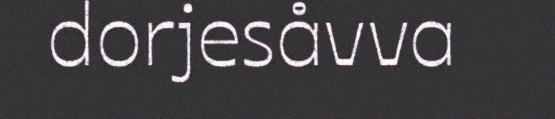
dorjesåvva